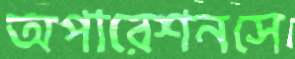
অপারেশনসে